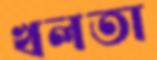
খলতা